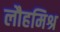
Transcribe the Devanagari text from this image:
लौहमिश्र